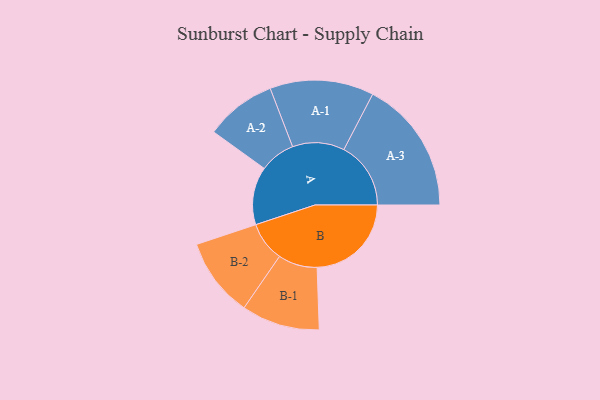
{"axis": {"x": "Segment", "y": "Value"}, "legend": ["", "A", "B"], "data": [{"x": "A", "y": 240, "type": ""}, {"x": "B", "y": 390, "type": ""}, {"x": "A-1", "y": 215, "type": "A"}, {"x": "A-2", "y": 147, "type": "A"}, {"x": "A-3", "y": 277, "type": "A"}, {"x": "B-1", "y": 162, "type": "B"}, {"x": "B-2", "y": 164, "type": "B"}]}